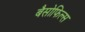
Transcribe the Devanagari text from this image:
बैसोफिल्स